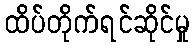
ထိပ်တိုက်ရင်ဆိုင်မှု